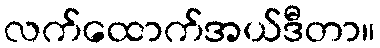
လက်ထောက်အယ်ဒီတာ။